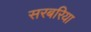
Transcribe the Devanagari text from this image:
सरबरिया